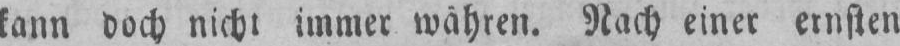
Nach einer ernsten